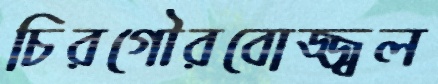
চিরগৌরবোজ্জ্বল